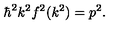
\hbar ^ { 2 } k ^ { 2 } f ^ { 2 } ( k ^ { 2 } ) = p ^ { 2 } .